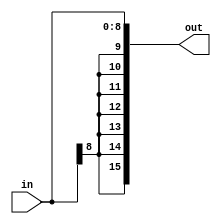
module sign_extenderBranch(
	input [8:0] in,
	output [15:0] out);

  assign out = {{7{in[8]}},in[8:0]}; // sign-extends

endmodule